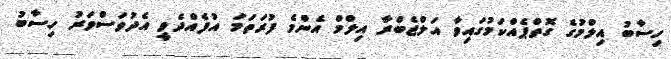
ހިސާބު އިލްމުގެ ގޮތްޕެއްކަމުގައިވާ އަލްޖެބްރާ އިލްމް އެންމެ ފުރަތަމަ އުފެއްދެވީ އެދުވަސްވަރު ހިސާބު